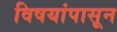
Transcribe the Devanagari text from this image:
विषयांपासून